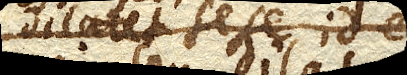
ipse dilatet sese, id est